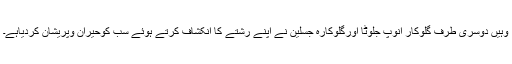
وہیں دوسری طرف گلوکار انوپ جلوٹا اورگلوکارہ جسلین نے اپنے رشتے کا انکشاف کرتے ہوئے سب کوحیران وپریشان کردیاہے۔